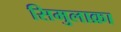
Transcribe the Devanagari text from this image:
सिमुलाक्रा